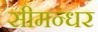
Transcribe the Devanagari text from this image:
सीमन्धर